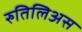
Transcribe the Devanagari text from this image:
रुतिलिअस